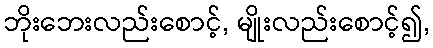
ဘိုးဘေးလည်းစောင့်, မျိုးလည်းစောင့်၍,